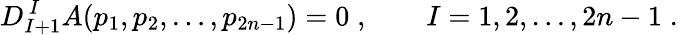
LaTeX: D_{I+1}^{\, I}A(p_{1},p_{2},\ldots,p_{2n-1})=0\; ,\qquad I=1,2,\ldots,2n-1\; .